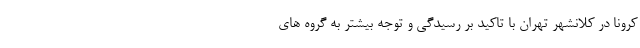
کرونا در کلانشهر تهران با تاکید بر رسیدگی و توجه بیشتر به گروه های